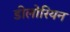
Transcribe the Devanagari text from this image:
डीलोरियन